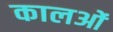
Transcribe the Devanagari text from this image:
कालओं